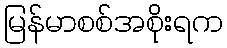
မြန်မာစစ်အစိုးရက